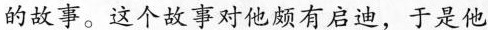
的故事。这个故事对他颇有启迪，于是他